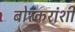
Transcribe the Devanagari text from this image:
बोरकरांशी